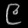
Digit: ၉